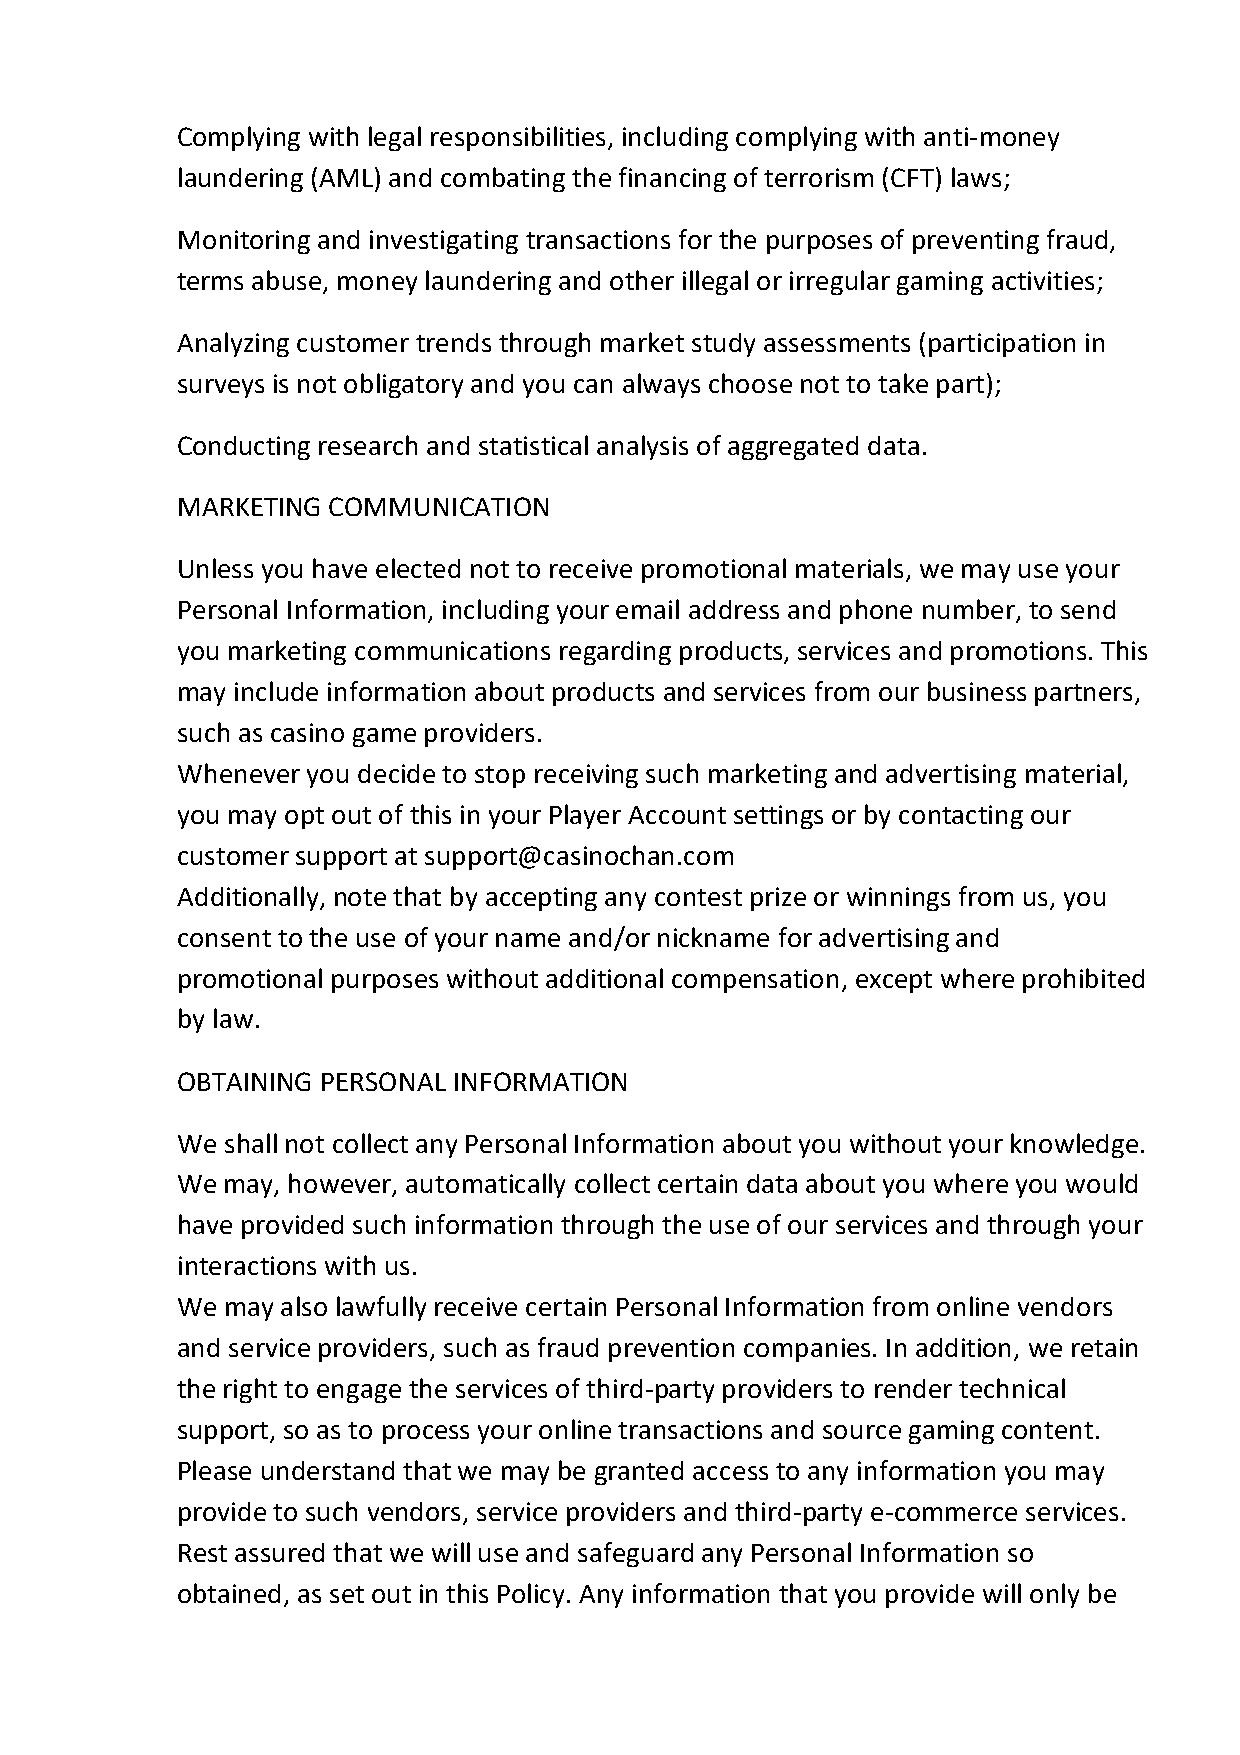
Complying with legal responsibilities, including complying with anti-money
 laundering (AML) and combating the financing of terrorism (CFT) laws;
 Monitoring and investigating transactions for the purposes of preventing fraud,
 terms abuse, money laundering and other illegal or irregular gaming activities;
 Analyzing customer trends through market study assessments (participation in
 surveys is not obligatory and you can always choose not to take part);
 Conducting research and statistical analysis of aggregated data.
 MARKETING COMMUNICATION
 Unless you have elected not to receive promotional materials, we may use your
 Personal Information, including your email address and phone number, to send
 you marketing communications regarding products, services and promotions. This
 may include information about products and services from our business partners,
 such as casino game providers.
 Whenever you decide to stop receiving such marketing and advertising material,
 you may opt out of this in your Player Account settings or by contacting our
 customer support at support@casinochan.com
 Additionally, note that by accepting any contest prize or winnings from us, you
 consent to the use of your name and/or nickname for advertising and
 promotional purposes without additional compensation, except where prohibited
 by law.
 OBTAINING PERSONAL INFORMATION
 We shall not collect any Personal Information about you without your knowledge.
 We may, however, automatically collect certain data about you where you would
 have provided such information through the use of our services and through your
 interactions with us.
 We may also lawfully receive certain Personal Information from online vendors
 and service providers, such as fraud prevention companies. In addition, we retain
 the right to engage the services of third-party providers to render technical
 support, so as to process your online transactions and source gaming content.
 Please understand that we may be granted access to any information you may
 provide to such vendors, service providers and third-party e-commerce services.
 Rest assured that we will use and safeguard any Personal Information so
 obtained, as set out in this Policy. Any information that you provide will only be